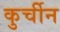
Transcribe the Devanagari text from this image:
कुर्चीन